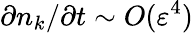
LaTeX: \partial n_{k}/\partial t\sim O(\varepsilon^{4})